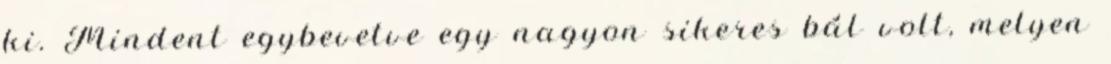
ki. Mindent egybevetve egy nagyon sikeres bál volt, melyen